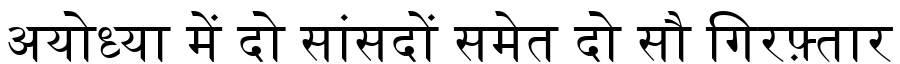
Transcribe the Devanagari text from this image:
अयोध्या में दो सांसदों समेत दो सौ गिरफ़्तार